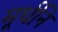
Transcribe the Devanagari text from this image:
मूर्धनि